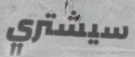
سيشتري